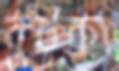
বুটকা